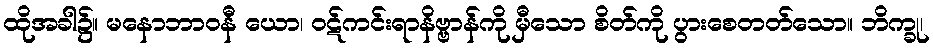
ထိုအခါ၌။ မနောဘာဝနီ ယော၊ ဝဋ်ကင်းရာနိဗ္ဗာန်ကို မှီသော စိတ်ကို ပွားစေတတ်သော။ ဘိက္ခု၊